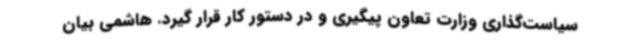
سیاست‌گذاری وزارت تعاون پیگیری و در دستور کار قرار گیرد. هاشمی بیان